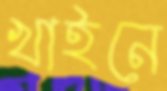
খাইনে